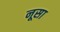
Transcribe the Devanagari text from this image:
नूसा